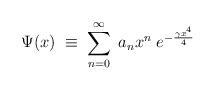
\begin{align*}\Psi (x)\;\equiv \;\sum_{n=0}^\infty \;a_nx^n\;e^{-\frac{\gamma x^4}4}\end{align*}